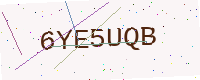
Text: 6YE5UQB